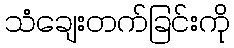
သံချေးတက်ခြင်းကို